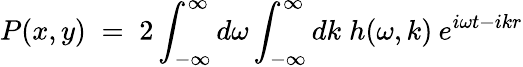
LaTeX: P(x,y)\; =\; 2\int_{-\infty}^{\infty}d\omega\int_{-\infty}^{\infty}dk\; h(\omega,k)\: e^{i\omega t-ikr}